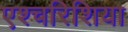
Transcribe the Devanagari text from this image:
एश्चरिशिया